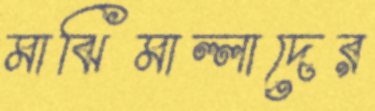
মাঝিমাল্লাদের